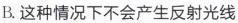
B.这种情况下不会产生反射光线